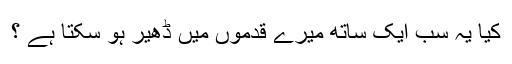
کیا یہ سب ایک ساتھ میرے قدموں میں ڈھیر ہو سکتا ہے ؟